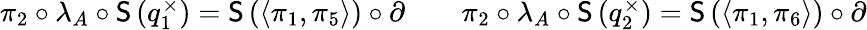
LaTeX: \begin{array}{rlr}{\pi_{2}\circ\lambda_{A}\circ\mathsf{S}\left(q_{1}^{\times}\right)=\mathsf{S}\left(\langle\pi_{1},\pi_{5}\rangle\right)\circ\partial}&{}&{\pi_{2}\circ\lambda_{A}\circ\mathsf{S}\left(q_{2}^{\times}\right)=\mathsf{S}\left(\langle\pi_{1},\pi_{6}\rangle\right)\circ\partial}\end{array}